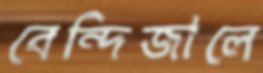
বেন্দিজালে